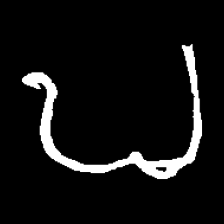
Pyu character \u2014 Myanmar letter: ဎ (romanized: ddha)